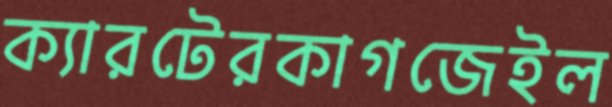
ক্যারটেরকাগজেইল